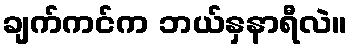
ချက်ကင်က ဘယ်နှနာရီလဲ။